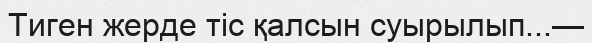
Тиген жерде тіс қалсын суырылып...—